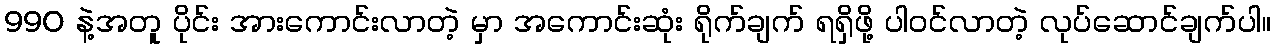
990 နဲ့အတူ ပိုင်း အားကောင်းလာတဲ့ မှာ အကောင်းဆုံး ရိုက်ချက် ရရှိဖို့ ပါဝင်လာတဲ့ လုပ်ဆောင်ချက်ပါ။